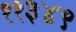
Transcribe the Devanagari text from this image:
११३४९